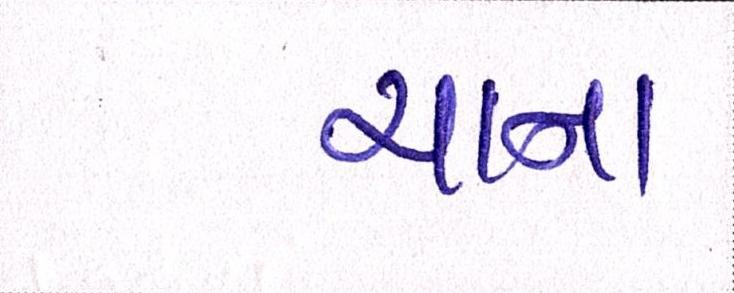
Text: ચાના